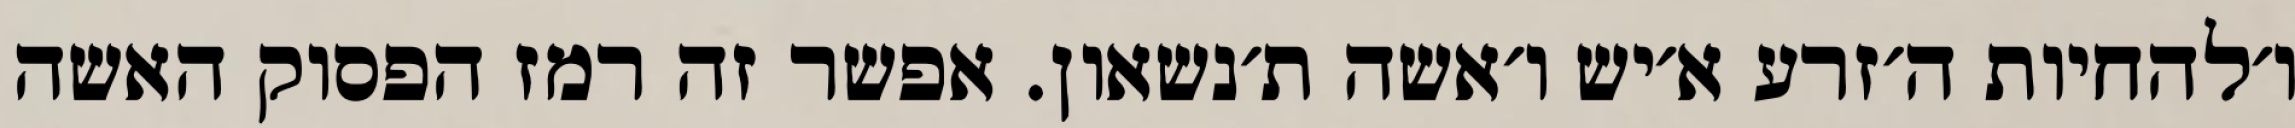
ו׳להחיות ה׳זרע א׳יש ו׳אשה ת׳נשאון. אפשר זה רמז הפסוק האשה